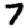
Digit: 7